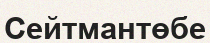
Сейтмантөбе